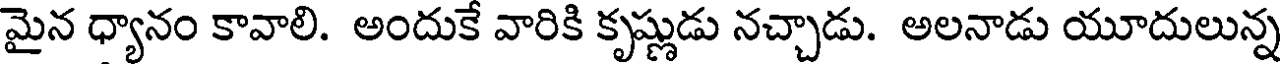
మైన ధ్యానం కావాలి. అందుకే వారికి కృష్ణుడు నచ్చాడు. అలనాడు యూదులున్న